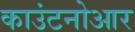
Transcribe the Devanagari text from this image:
काउंटनोआर